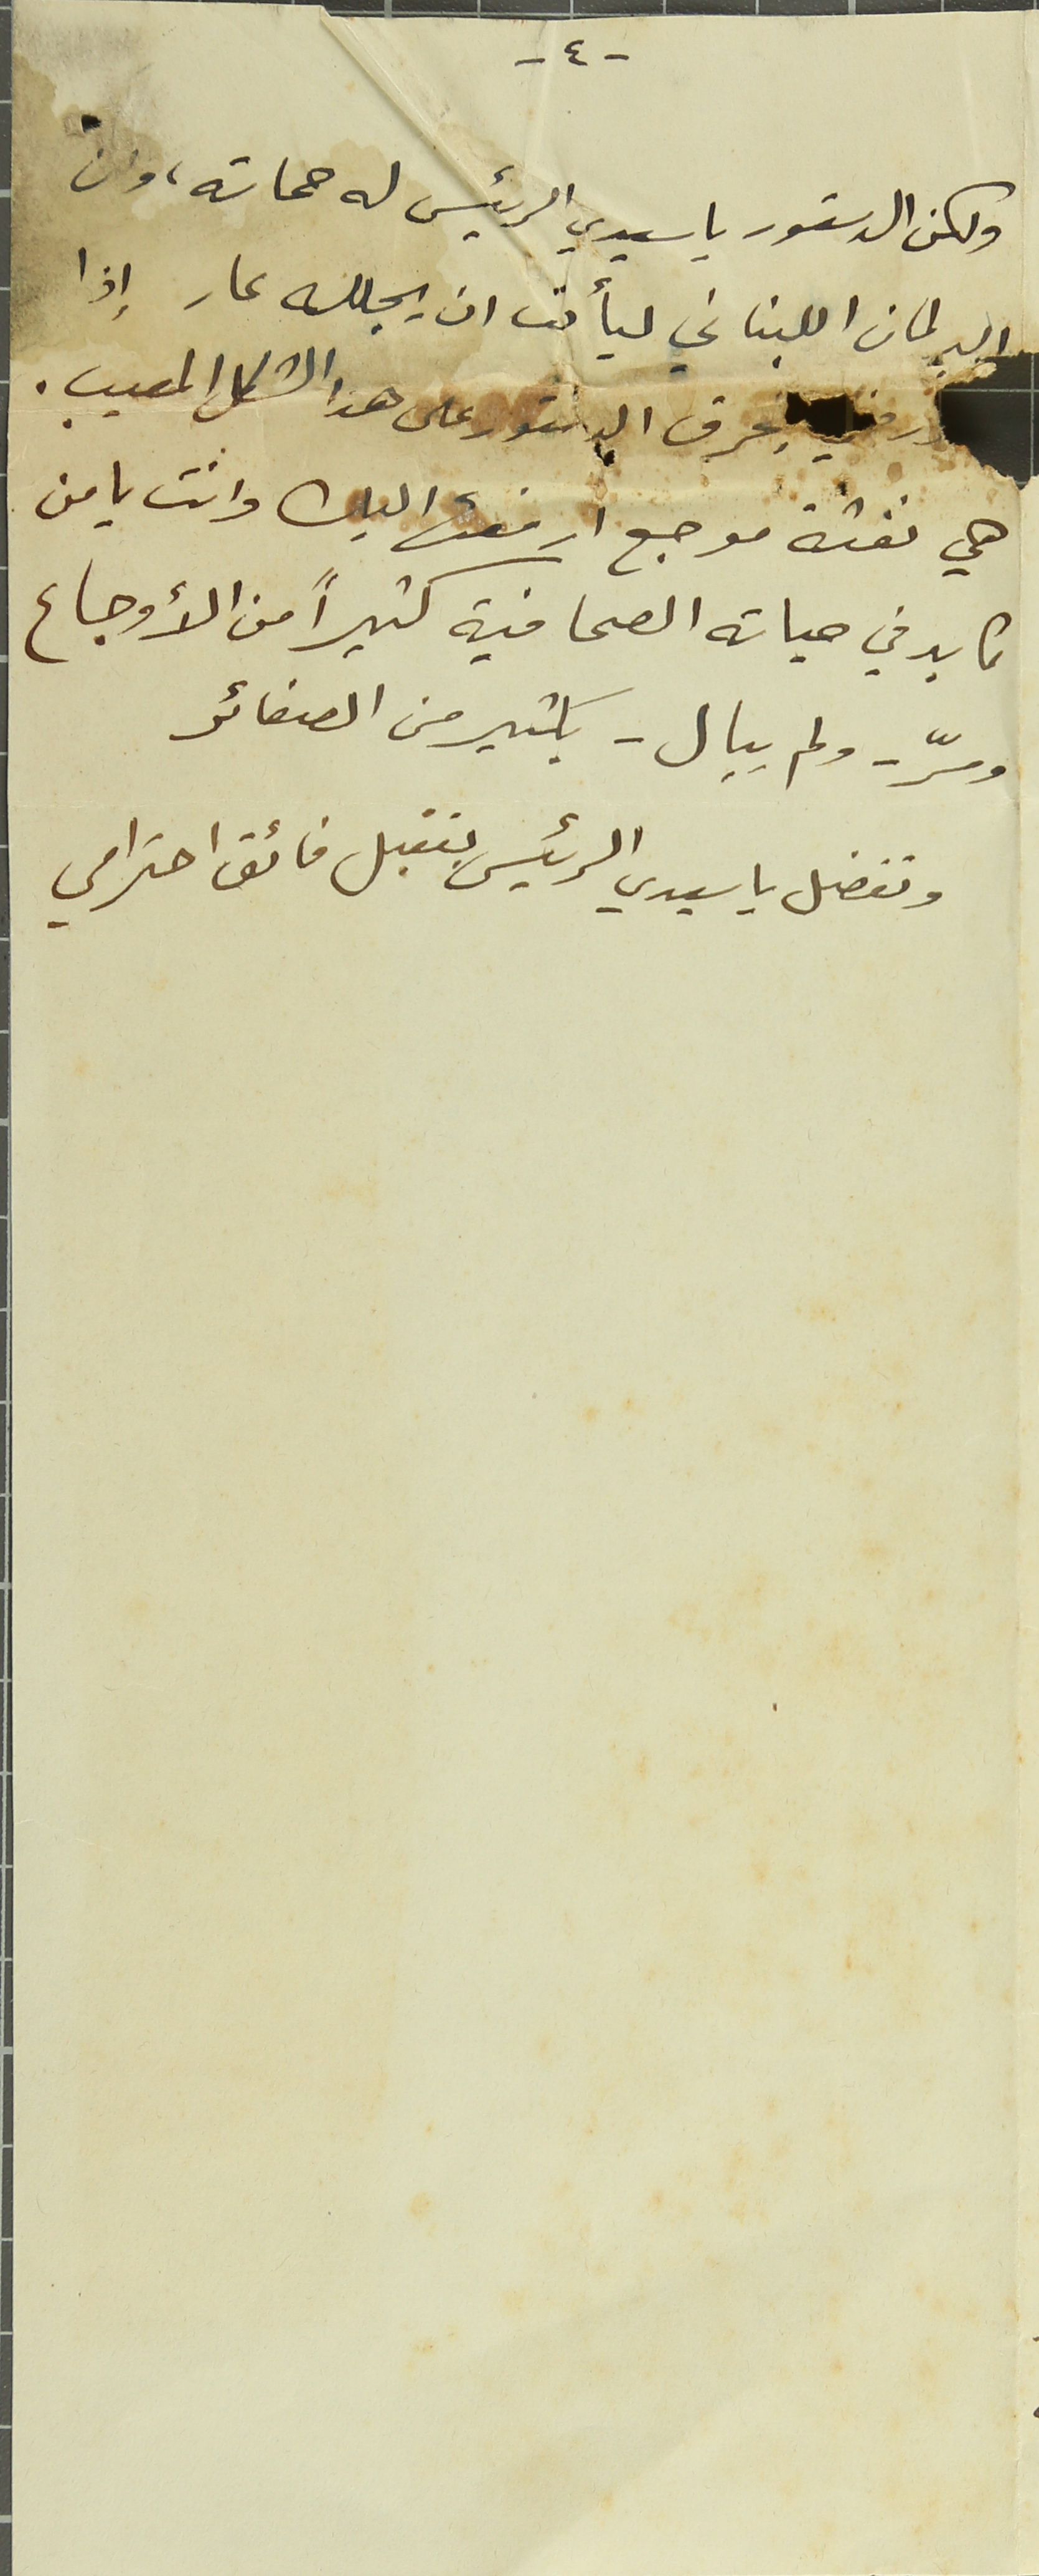
-٤-
ولكن الدستور يا سيدي الرئيس له حماته، وان
البرلمان اللبناني ليأمت ان يجلله عار إذا
بحرف الدستور على هذا الشكل المعيب.
هي نفثة موجع ارفعها اليك وانت يا من
كابد في حياته الصحافية كثيراً من الأوجاع
ومّر - ولم يبال - بكثير من الصغائر
وتفضل يا سيدي الرئيس بتقبل فائق احترامي